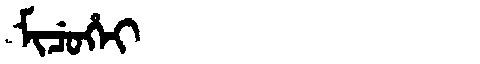
Manchu: ᠮᡳᠴᡠᡥᡝᡳ
Romanization: MICUHEI